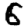
Digit: 6